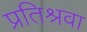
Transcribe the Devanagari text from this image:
प्रतिश्रवा